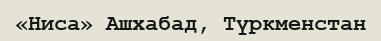
«Ниса» Ашхабад, Түркменстан